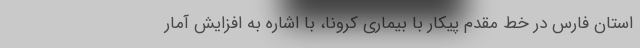
استان فارس در خط مقدم پیکار با بیماری کرونا، با اشاره به افزایش آمار